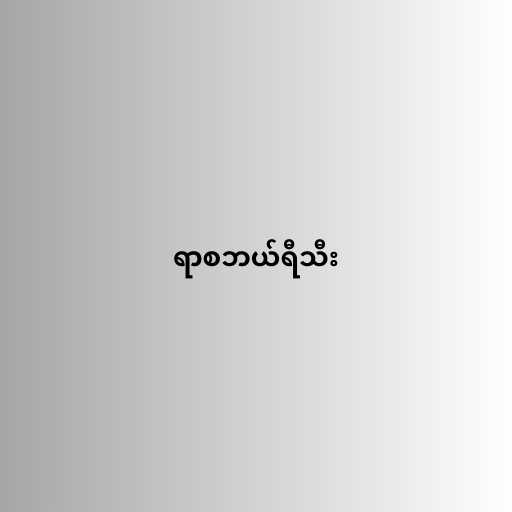
ရာစဘယ်ရီသီး